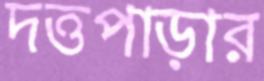
দত্তপাড়ার